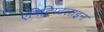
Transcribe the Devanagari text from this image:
एमिट्रिप्टलाइन